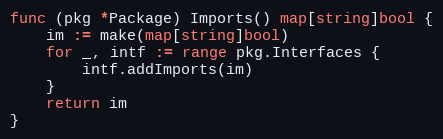
Language: Go
func (pkg *Package) Imports() map[string]bool {
	im := make(map[string]bool)
	for _, intf := range pkg.Interfaces {
		intf.addImports(im)
	}
	return im
}